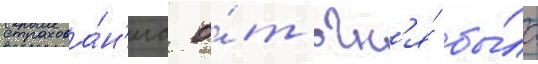
страхова́н'иа о́т огн'я́ бы́ло